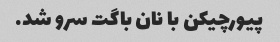
پیورچیکن با نان باگت سرو شد.